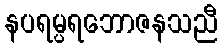
နပရမ္ပရဘောဇနသညီ